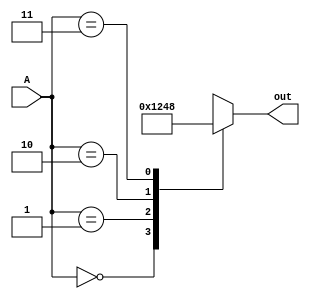
module decoder_2to4(A,out);
  input [1:0]A;
  output reg[3:0]out;
  
  always @(A)
  case(A)
    2'b00: out = 4'b0001;
    2'b01: out = 4'b0010;
    2'b10: out =4'b0100;
    2'b11: out = 4'b1000;
    
    endcase
endmodule